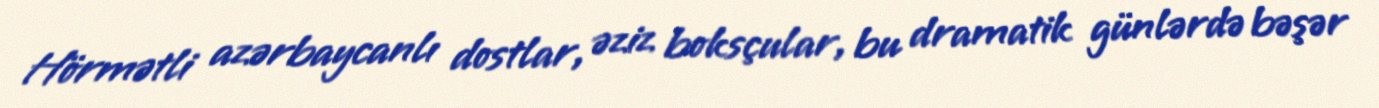
Hörmətli azərbaycanlı dostlar, əziz boksçular, bu dramatik günlərdə bəşər